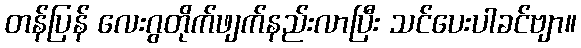
တန်ပြန် လေးဂွတိုက်ဖျက်နည်းလာပြီး သင်ပေးပါခင်ဗျာ။